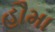
હૌમા